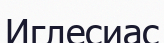
Иглесиас